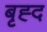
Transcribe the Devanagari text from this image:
बृह्द